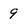
Character: 9